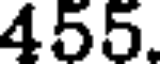
455.